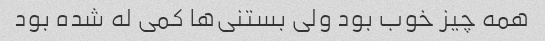
همه چیز خوب بود ولی بستنی‌ها کمی له شده بود